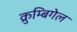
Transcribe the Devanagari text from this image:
क्रुम्बिगेल